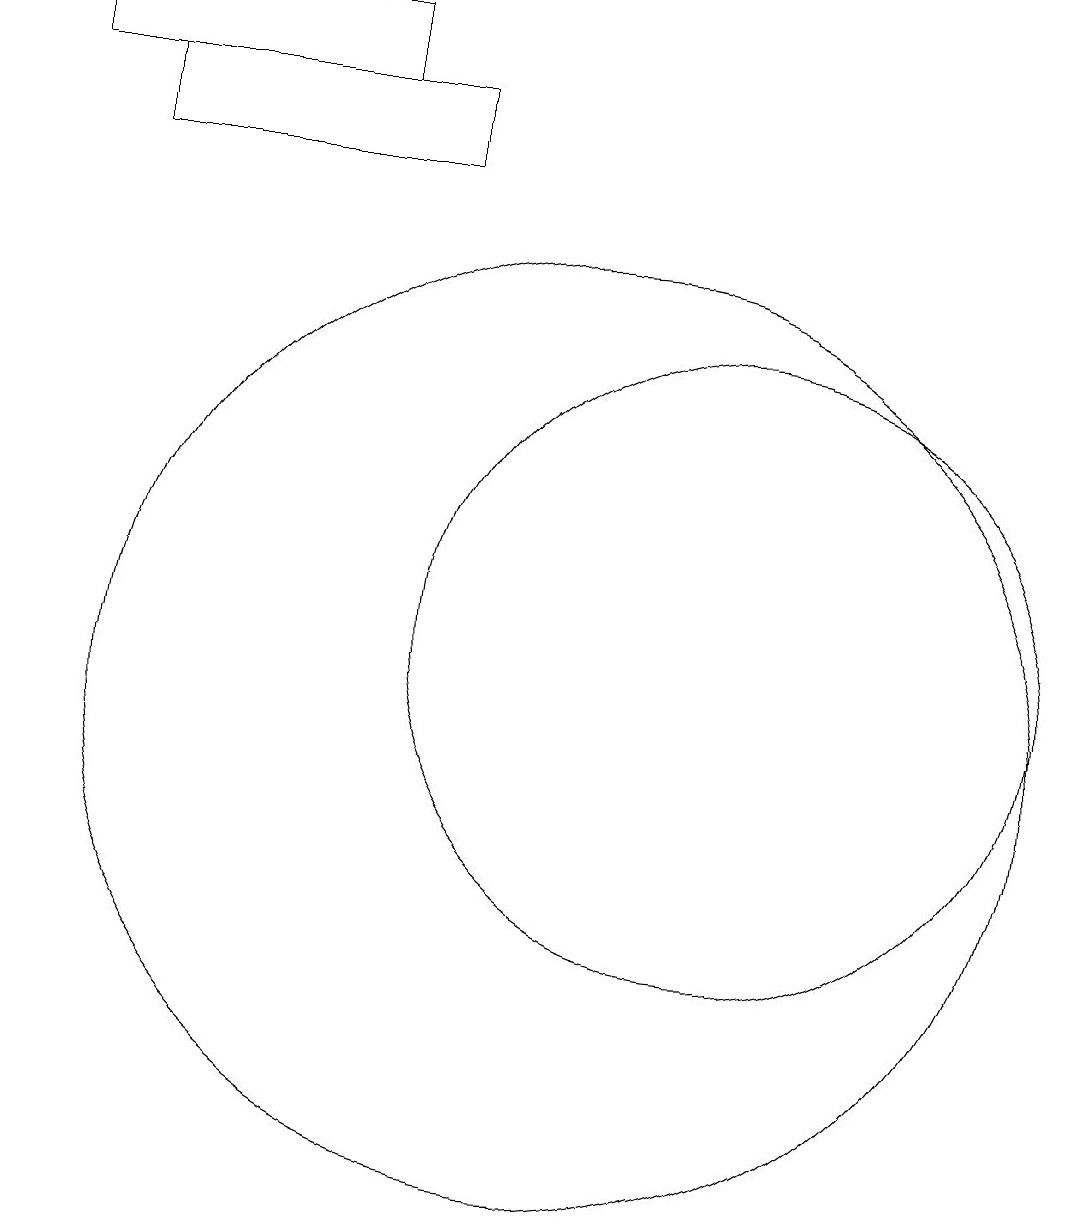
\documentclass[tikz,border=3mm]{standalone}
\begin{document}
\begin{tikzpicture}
\draw (10,10) circle (6);
\draw (4,18) rectangle (8,17);
\draw (3,19) rectangle (7,18);
\draw (12,11) circle (4);
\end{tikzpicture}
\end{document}